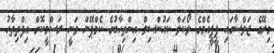
މިރޭގެ ޖަލްސާގައި ޕީޕީއެމްގެ ލޯކަލް ކައުންސިލް އިންތިހާބުގެ ކެމްޕޭން ވަނީ ރަސްމީކޮށް އިފްތިތާހު